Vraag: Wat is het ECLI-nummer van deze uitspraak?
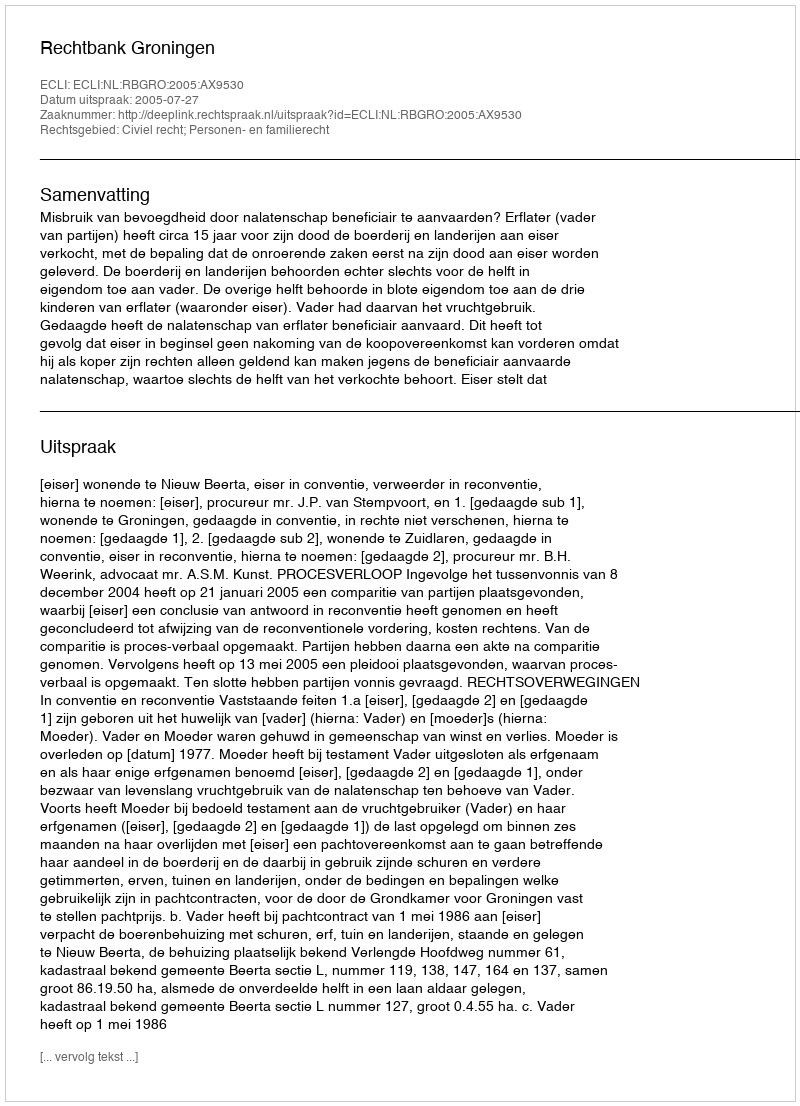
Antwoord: ECLI:NL:RBGRO:2005:AX9530